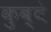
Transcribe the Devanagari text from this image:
कुब्बे